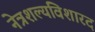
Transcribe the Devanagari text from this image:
नेत्रशल्यविशारद